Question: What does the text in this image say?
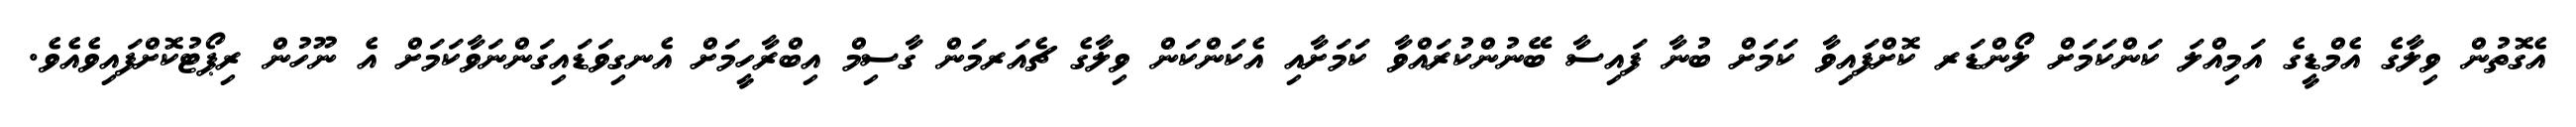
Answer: އެގޮތުން ވިލާގެ އެމްޑީގެ އަމިއްލަ ކަންކަމަށް ލޯންޑަރ ކޮށްފައިވާ ކަމަށް ބުނާ ފައިސާ ބޭނުންކުރައްވާ ކަމަށާއި އެކަންކަން ވިލާގެ ޗެއަރމަން ގާސިމް އިބްރާހީމަށް އެނގިވަޑައިގަންނަވާކަމަށް އެ ނޫހުން ރިޕޯޓުކޮށްފައިވެއެވެ.